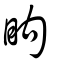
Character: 眗